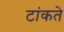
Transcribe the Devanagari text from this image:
टांकते